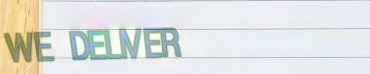
WE DELIVER